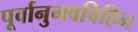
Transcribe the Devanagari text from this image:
पूर्वानुभवविहिन